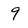
Character: 9